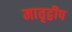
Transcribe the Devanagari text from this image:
मातृद्वीप